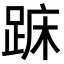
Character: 𨁤